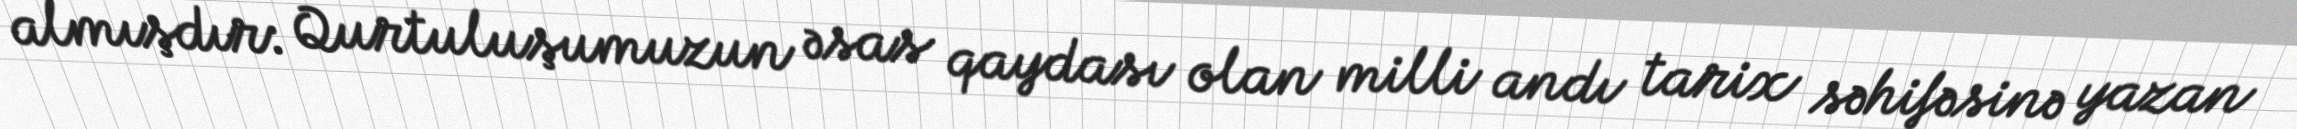
almışdır: Qurtuluşumuzun əsas qaydası olan milli andı tarix səhifəsinə yazan